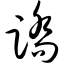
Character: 踏